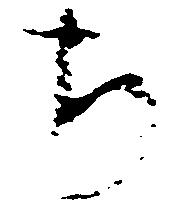
ち